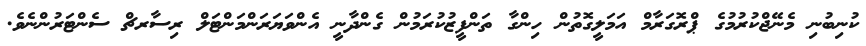
ކުނިބުނި މެނޭޖްކުރުމުގެ ޕްރޮގަރާމް އަމަލީގޮތުން ހިންގާ ތަންފީޒުކުރަމުން ގެންދާނީ އެންވަޔަރަންމަންޓަލް ރިސާރޗް ސެންޓަރުންނެވެ.